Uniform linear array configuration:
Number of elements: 32
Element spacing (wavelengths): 0.75
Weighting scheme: hamming
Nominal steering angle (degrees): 15
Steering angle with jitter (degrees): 16.294
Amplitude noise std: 0.05
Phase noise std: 0.05

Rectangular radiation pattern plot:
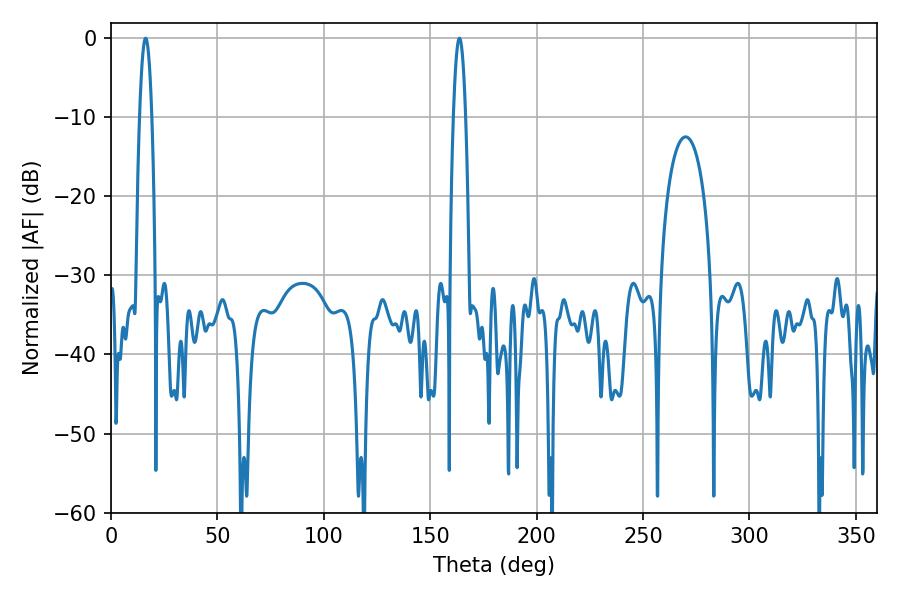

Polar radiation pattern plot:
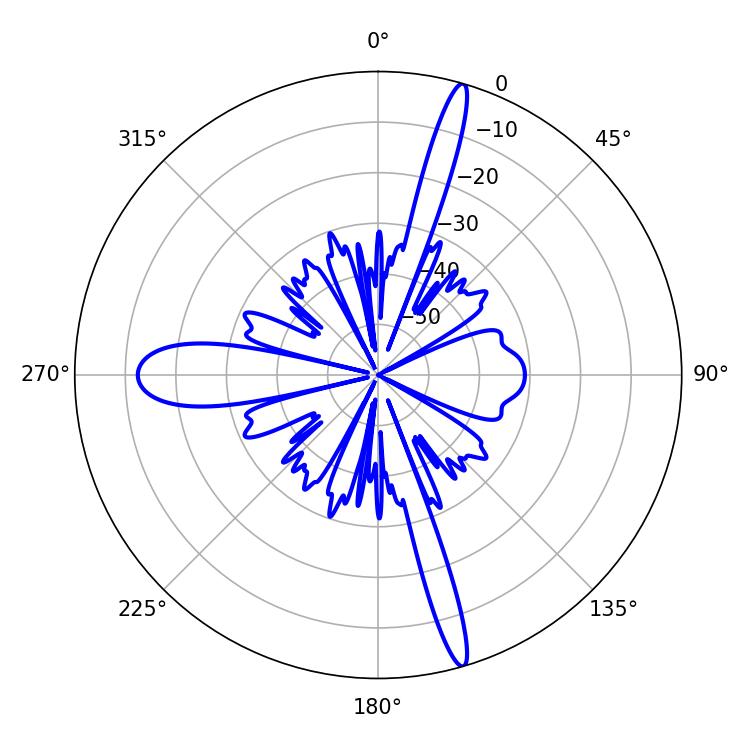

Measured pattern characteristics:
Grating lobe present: TRUE
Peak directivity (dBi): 19.501
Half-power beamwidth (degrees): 3.06
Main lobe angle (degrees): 16.2